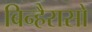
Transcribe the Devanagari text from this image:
बिन्हैरासो